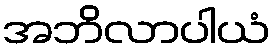
အဘိလာပါယံ